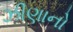
ઝીણાનો